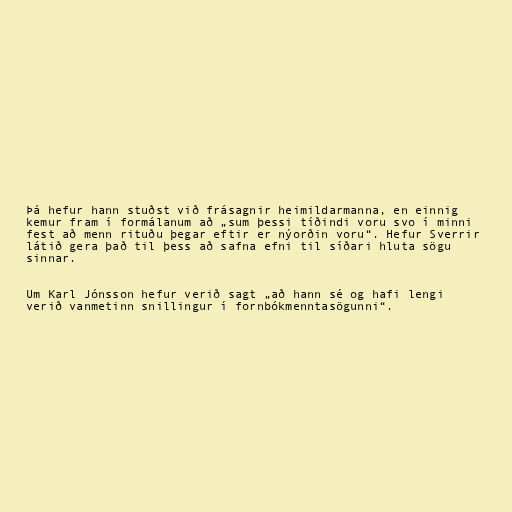
Þá hefur hann stuðst við frásagnir heimildarmanna, en einnig
kemur fram í formálanum að „sum þessi tíðindi voru svo í minni
fest að menn rituðu þegar eftir er nýorðin voru“. Hefur Sverrir
látið gera það til þess að safna efni til síðari hluta sögu
sinnar.

Um Karl Jónsson hefur verið sagt „að hann sé og hafi lengi
verið vanmetinn snillingur í fornbókmenntasögunni“.